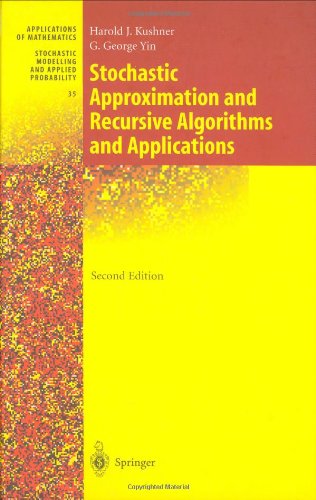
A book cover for Stochastic Approximation and Recursive Algorithms and Applications (Stochastic Modelling and Applied Probability) (v. 35); Harold Kushner; Science & Math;